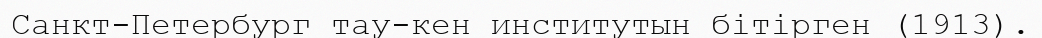
Санкт-Петербург тау-кен институтын бітірген (1913).